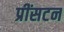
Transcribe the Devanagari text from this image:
प्रींसटन